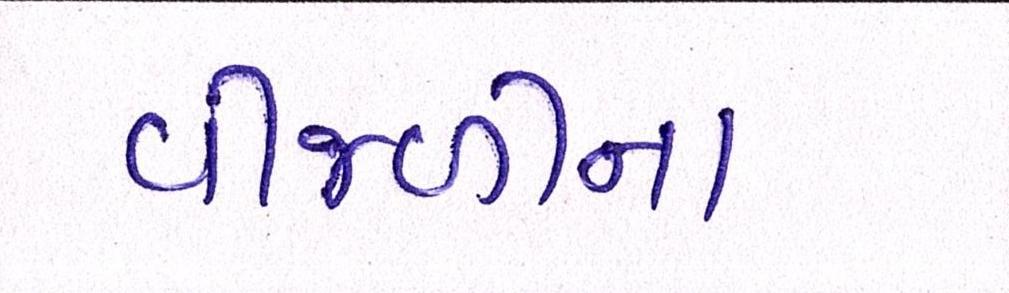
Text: વીજળીના